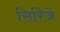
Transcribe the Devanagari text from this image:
सिरिंजें